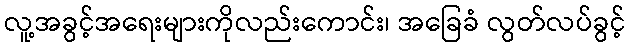
လူ့အခွင့်အရေးများကိုလည်းကောင်း၊ အခြေခံ လွတ်လပ်ခွင့်